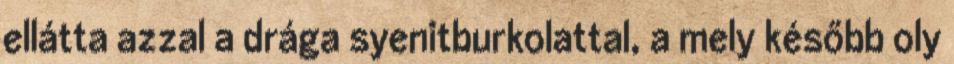
ellátta azzal a drága syenitburkolattal, a mely később oly